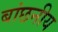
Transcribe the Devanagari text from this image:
बांछनीय